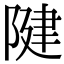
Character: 𨺩